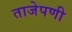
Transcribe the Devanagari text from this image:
ताजेपणी